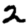
Digit: 2